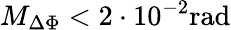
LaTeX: M_{\Delta\Phi}<2\cdot 10^{-2}\mathrm{rad}